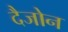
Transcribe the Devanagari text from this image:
दैजोन